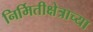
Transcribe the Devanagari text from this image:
निर्मितीक्षेत्राच्या